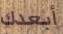
أبعدك